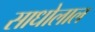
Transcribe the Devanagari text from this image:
साधोलाल